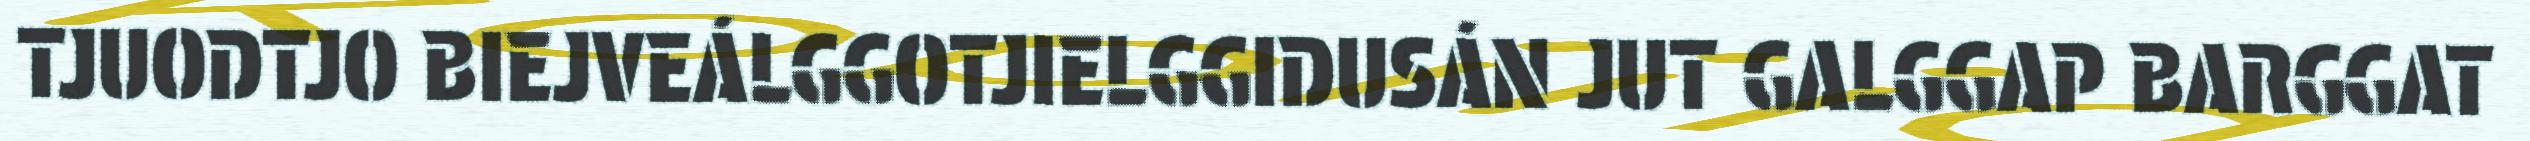
TJUODTJO BIEJVEÁLGGOTJIELGGIDUSÁN JUT GALGGAP BARGGAT